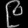
Digit: ၉